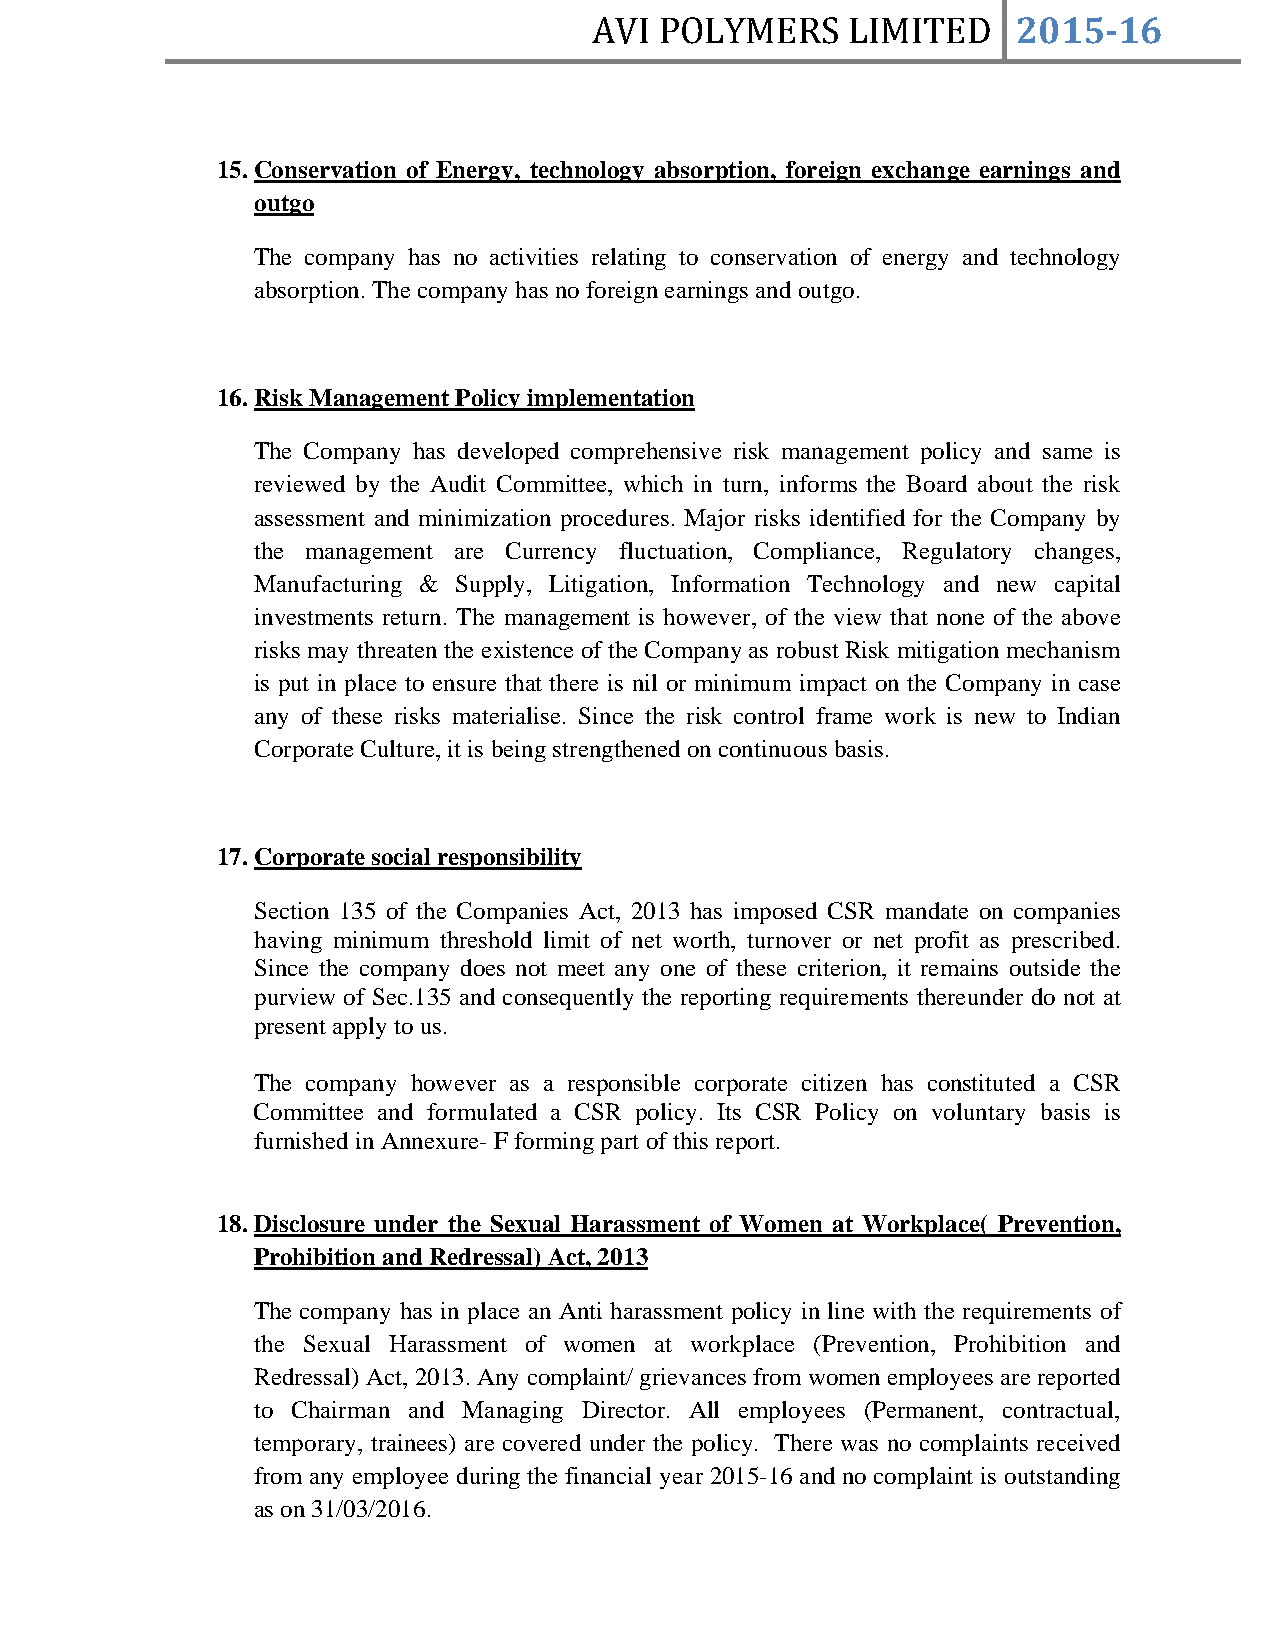
AVI  POLYMERS    LIMITED    2015­16
 15. Conservation of Energy, technology absorption, foreign exchange earnings and
 outgo
 The company has no activities relating to conservation of energy and technology
 absorption. The company has no foreign earnings and outgo.
 16. Risk Management Policy implementation
 The Company has developed comprehensive risk management policy and same is
 reviewed by the Audit Committee, which in turn, informs the Board about the risk
 assessment and minimization procedures. Major risks identified for the Company by
 the management are Currency fluctuation, Compliance, Regulatory changes,
 Manufacturing & Supply, Litigation, Information Technology and new capital
 investments return. The management is however, of the view that none of the above
 risks may threaten the existence of the Company as robust Risk mitigation mechanism
 is put in place to ensure that there is nil or minimum impact on the Company in case
 any of these risks materialise. Since the risk control frame work is new to Indian
 Corporate Culture, it is being strengthened on continuous basis.
 17. Corporate social responsibility
 Section 135 of the Companies Act, 2013 has imposed CSR mandate on companies
 having minimum threshold limit of net worth, turnover or net profit as prescribed.
 Since the company does not meet any one of these criterion, it remains outside the
 purview of Sec.135 and consequently the reporting requirements thereunder do not at
 present apply to us.
 The company however as a responsible corporate citizen has constituted a CSR
 Committee and formulated a CSR policy. Its CSR Policy on voluntary basis is
 furnished in Annexure- F forming part of this report.
 18. Disclosure under the Sexual Harassment of Women at Workplace( Prevention,
 Prohibition and Redressal) Act, 2013
 The company has in place an Anti harassment policy in line with the requirements of
 the Sexual Harassment of women at workplace (Prevention, Prohibition and
 Redressal) Act, 2013. Any complaint/ grievances from women employees are reported
 to Chairman and Managing Director. All employees (Permanent, contractual,
 temporary, trainees) are covered under the policy. There was no complaints received
 from any employee during the financial year 2015-16 and no complaint is outstanding
 as on 31/03/2016.